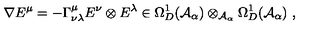
\nabla E ^ { \mu } = - \Gamma _ { \nu \lambda } ^ { \mu } E ^ { \nu } \otimes E ^ { \lambda } \in \Omega _ { D } ^ { 1 } ( { \mathcal A } _ { \alpha } ) \otimes _ { { \mathcal A } _ { \alpha } } \Omega _ { D } ^ { 1 } ( { \mathcal A } _ { \alpha } ) \ ,